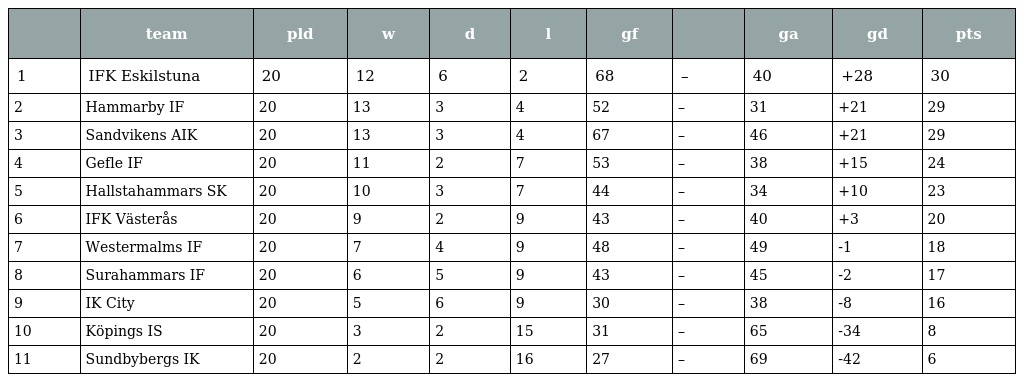
|  | team | pld | w | d | l | gf |  | ga | gd | pts |
 | --- | --- | --- | --- | --- | --- | --- | --- | --- | --- | --- |
 | 1 | IFK Eskilstuna | 20 | 12 | 6 | 2 | 68 | – | 40 | +28 | 30 |
 | 2 | Hammarby IF | 20 | 13 | 3 | 4 | 52 | – | 31 | +21 | 29 |
 | 3 | Sandvikens AIK | 20 | 13 | 3 | 4 | 67 | – | 46 | +21 | 29 |
 | 4 | Gefle IF | 20 | 11 | 2 | 7 | 53 | – | 38 | +15 | 24 |
 | 5 | Hallstahammars SK | 20 | 10 | 3 | 7 | 44 | – | 34 | +10 | 23 |
 | 6 | IFK Västerås | 20 | 9 | 2 | 9 | 43 | – | 40 | +3 | 20 |
 | 7 | Westermalms IF | 20 | 7 | 4 | 9 | 48 | – | 49 | -1 | 18 |
 | 8 | Surahammars IF | 20 | 6 | 5 | 9 | 43 | – | 45 | -2 | 17 |
 | 9 | IK City | 20 | 5 | 6 | 9 | 30 | – | 38 | -8 | 16 |
 | 10 | Köpings IS | 20 | 3 | 2 | 15 | 31 | – | 65 | -34 | 8 |
 | 11 | Sundbybergs IK | 20 | 2 | 2 | 16 | 27 | – | 69 | -42 | 6 |